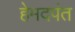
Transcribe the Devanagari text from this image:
हेमदपंत